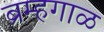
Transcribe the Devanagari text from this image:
ब्रम्हगाळ